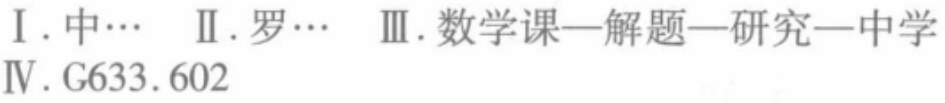
I. 中… Ⅱ. 罗… Ⅲ. 数学课—解题—研究—中学

Ⅳ. G633.602